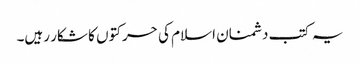
یہ کتب دشمنان اسلام کی حرکتوں کا شکار رہیں۔